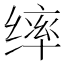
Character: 𫄴